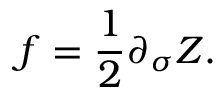
f = \frac { 1 } { 2 } \partial _ { \sigma } Z .